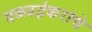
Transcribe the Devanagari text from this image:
वळवईकरांचे